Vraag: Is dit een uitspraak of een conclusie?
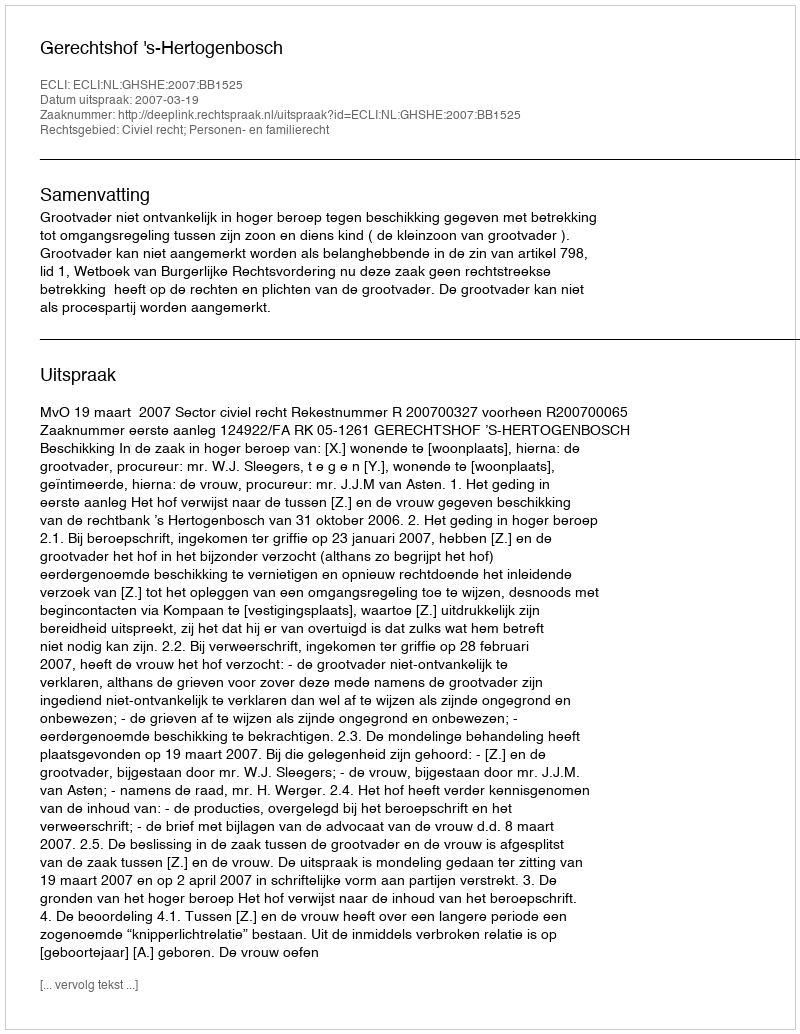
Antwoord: Uitspraak